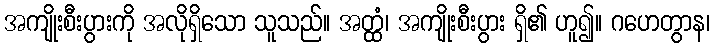
အကျိုးစီးပွားကို အလိုရှိသော သူသည်။ အတ္ထံ၊ အကျိုးစီးပွား ရှိ၏ ဟူ၍။ ဂဟေတွာန၊